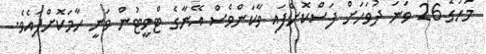
މަހުގެ 26 ވަނަ ދުވަހަށް ފަސްކޮށްފައި ވާކަންވެސް އޭނާގެ ޓްވީޓުން ވަނީ ހާމަކޮށްފައެވެ.